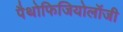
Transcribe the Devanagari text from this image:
पैथोफिजियोलॉजी